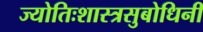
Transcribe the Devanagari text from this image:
ज्योतिःशास्त्रसुबोधिनी